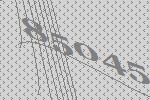
85045